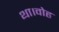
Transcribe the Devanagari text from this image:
था।वोह